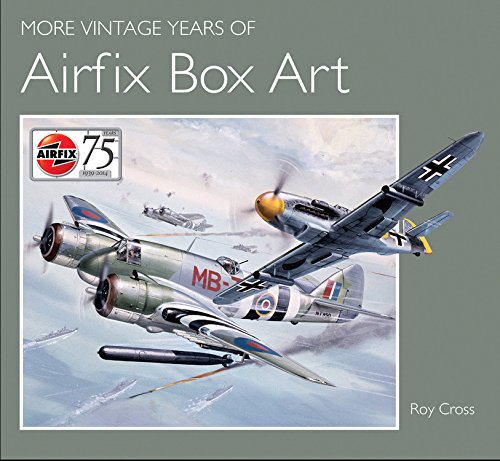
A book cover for More Vintage Years of Airfix Box Art; Roy Cross; Crafts, Hobbies & Home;